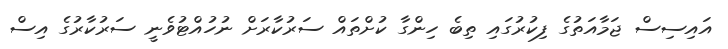
އައިސިސް ޖަމާއަތުގެ ފިކުރުގައި ތިބެ ހިންގާ ކުށްތައް ސަރުކާރަށް ނުހުއްޓުވެނީ ސަރުކާރުގެ އިސް